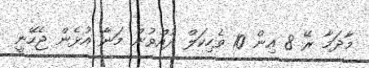
މާދަމާ ރޭ 8 އިން 10 ވެހިކަލް ދުއްވުން މަނާ އުޅެން ޖެހޭނީ